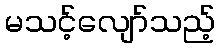
မသင့်လျော်သည့်